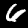
Label: 6